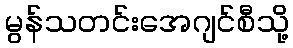
မွန်သတင်းအေဂျင်စီသို့